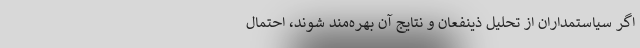
اگر سیاستمداران از تحلیل ذینفعان و نتایج آن بهره‌مند شوند، احتمال